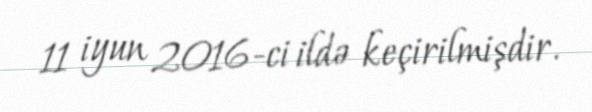
11 iyun 2016-ci ildə keçirilmişdir.